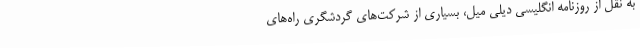
به نقل از روزنامه انگلیسی دیلی میل، بسیاری از شرکت‌های گردشگری راه‌های